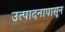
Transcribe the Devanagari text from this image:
उत्पादनापासून